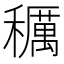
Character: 𥣭